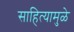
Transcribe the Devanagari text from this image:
साहित्यामुळे